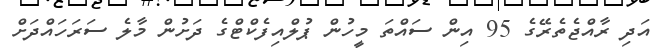
އަދި ރާއްޖެތެރޭގެ 95 އިން ސައްތަ މީހުން ޕުލްއިފެކްޓްގެ ދަށުން މާލެ ސަރަހައްދަށް